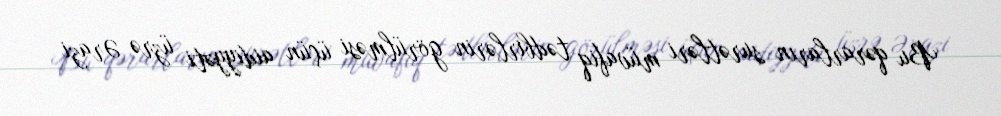
Bu qərarların surətləri müvafiq tədbirlərin görülməsi üçün aidiyyəti üzrə Ərazi